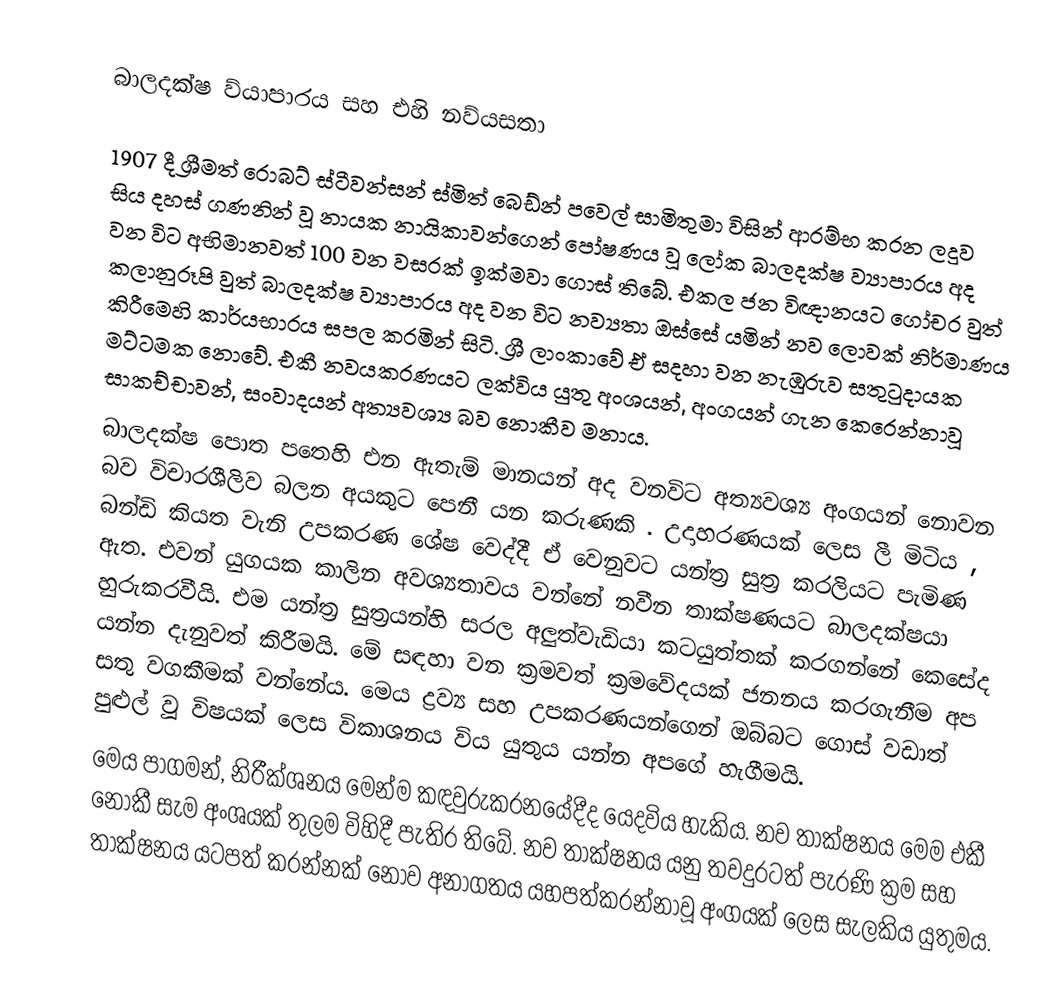
බාලදක්ෂ ව්යා‍පාරය සහ එහි නව්යසතා

1907 දී ශ්‍රීමත් රොබට් ස්ටීවන්සන් ස්මිත් බෙඩ්න් පවෙල් සාමිතුමා විසින් ආරම්භ කරන ලදුව සිය දහස් ගණනින් වූ නායක නායිකාවන්ගෙන් පෝෂණය වූ ලෝක බාලදක්ෂ ව්‍යාපාරය අද වන විට අභිමානවත් 100 වන වසරක් ඉක්මවා ගොස් තිබේ.  එකල ජන විඥානයට ගෝචර වුත් කලානුරූපි වුත් බාලදක්ෂ ව්‍යාපාරය අද වන විට නව්‍යතා ඔස්සේ යමින් නව ලොවක් නිර්මාණය කිරීමෙහි කාර්යභාරය සපල කරමින් සිටි. ශ්‍රී ලාංකාවේ ඒ සදහා වන නැඹුරුව සතුටුදායක මට්ටමක නොවේ. එකී නවයකරණයට ලක්විය යුතු අංශයන්, අංගයන් ගැන කෙරෙන්නාවූ සාකච්චාවන්, සංවාදයන් අත්‍යවශ්‍ය බව නොකීව මනාය.
බාලදක්ෂ පොත පතෙහි එන ඇතැම් මානයන් අද වනවිට අත්‍යවශ්‍ය අංගයන් නොවන බව විචාරශීලිව බලන අයකුට පෙනී යන කරුණකි . උදාහරණයක් ලෙස ලී මිටිය , බන්ඩි කියත වැනි උපකරණ ශේෂ වෙද්දී ඒ වෙනුවට යන්ත්‍ර  සුත්‍ර කරලියට පැමිණ ඇත. එවන් යුගයක කාලින අවශ්‍යතාවය වන්නේ නවීන තාක්ෂණයට බාලදක්ෂයා හුරුකරවීයි. එම යන්ත්‍ර සුත්‍රයන්හි සරල අලුත්වැඩියා කටයුත්තක් කරගන්නේ කෙසේද යන්න දැනුවත් කිරීමයි. මේ සඳහා වන ක්‍රමවත් ක්‍රමවේදයක් ජනනය කරගැනීම අප සතු වගකීමක් වන්නේය. මෙය ද්‍රව්‍ය සහ උපකරණයන්ගෙන් ඔබ්බට ගොස් වඩාත් පුළුල් වූ විෂයක් ලෙස විකාශනය විය යුතුය යන්න අපගේ හැගීමයි.
මෙය පාගමන්, නිරීක්ශනය මෙන්ම කඳවුරුකරනයේදීද යෙදවිය හැකිය. නව තාක්ෂනය මෙම එකී නොකී සැම අංශයක් තුලම විහිදී පැතිර තිබේ. නව තාක්ෂනය යනු තවදුරටත් පැරණි ක්‍රම සහ තාක්ෂනය යටපත් කරන්නක් නොව අනාගතය යහපත්කරන්නාවූ අංගයක් ලෙස සැලකිය යුතුමය.